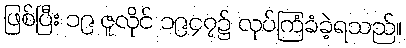
ဖြစ်ပြီး ၁၉ ဇူလိုင် ၁၉၄၇၌ လုပ်ကြံခံခဲ့ရသည်။